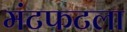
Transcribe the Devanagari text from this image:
मंटफटला